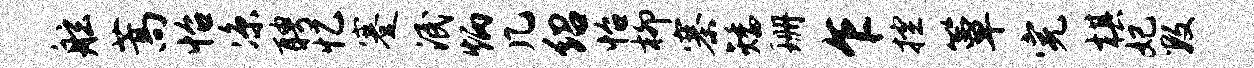
舷蒿怡凉聘忆蹇泯炳几绍怡柳寨矮珊乍控簟完棋妃数